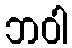
ဘဝါ